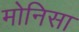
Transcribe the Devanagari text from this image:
मोनिसा